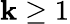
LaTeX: \mathbf{k}\ge1